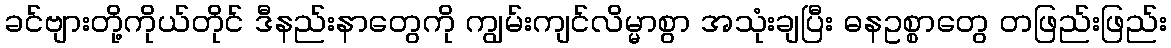
ခင်ဗျားတို့ကိုယ်တိုင် ဒီနည်းနာတွေကို ကျွမ်းကျင်လိမ္မာစွာ အသုံးချပြီး ဓနဥစ္စာတွေ တဖြည်းဖြည်း